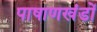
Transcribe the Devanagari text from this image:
पाषाणखंडों